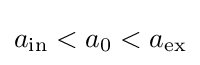
a_{\mathrm {in} }<a_{0}<a_{\mathrm {ex} }